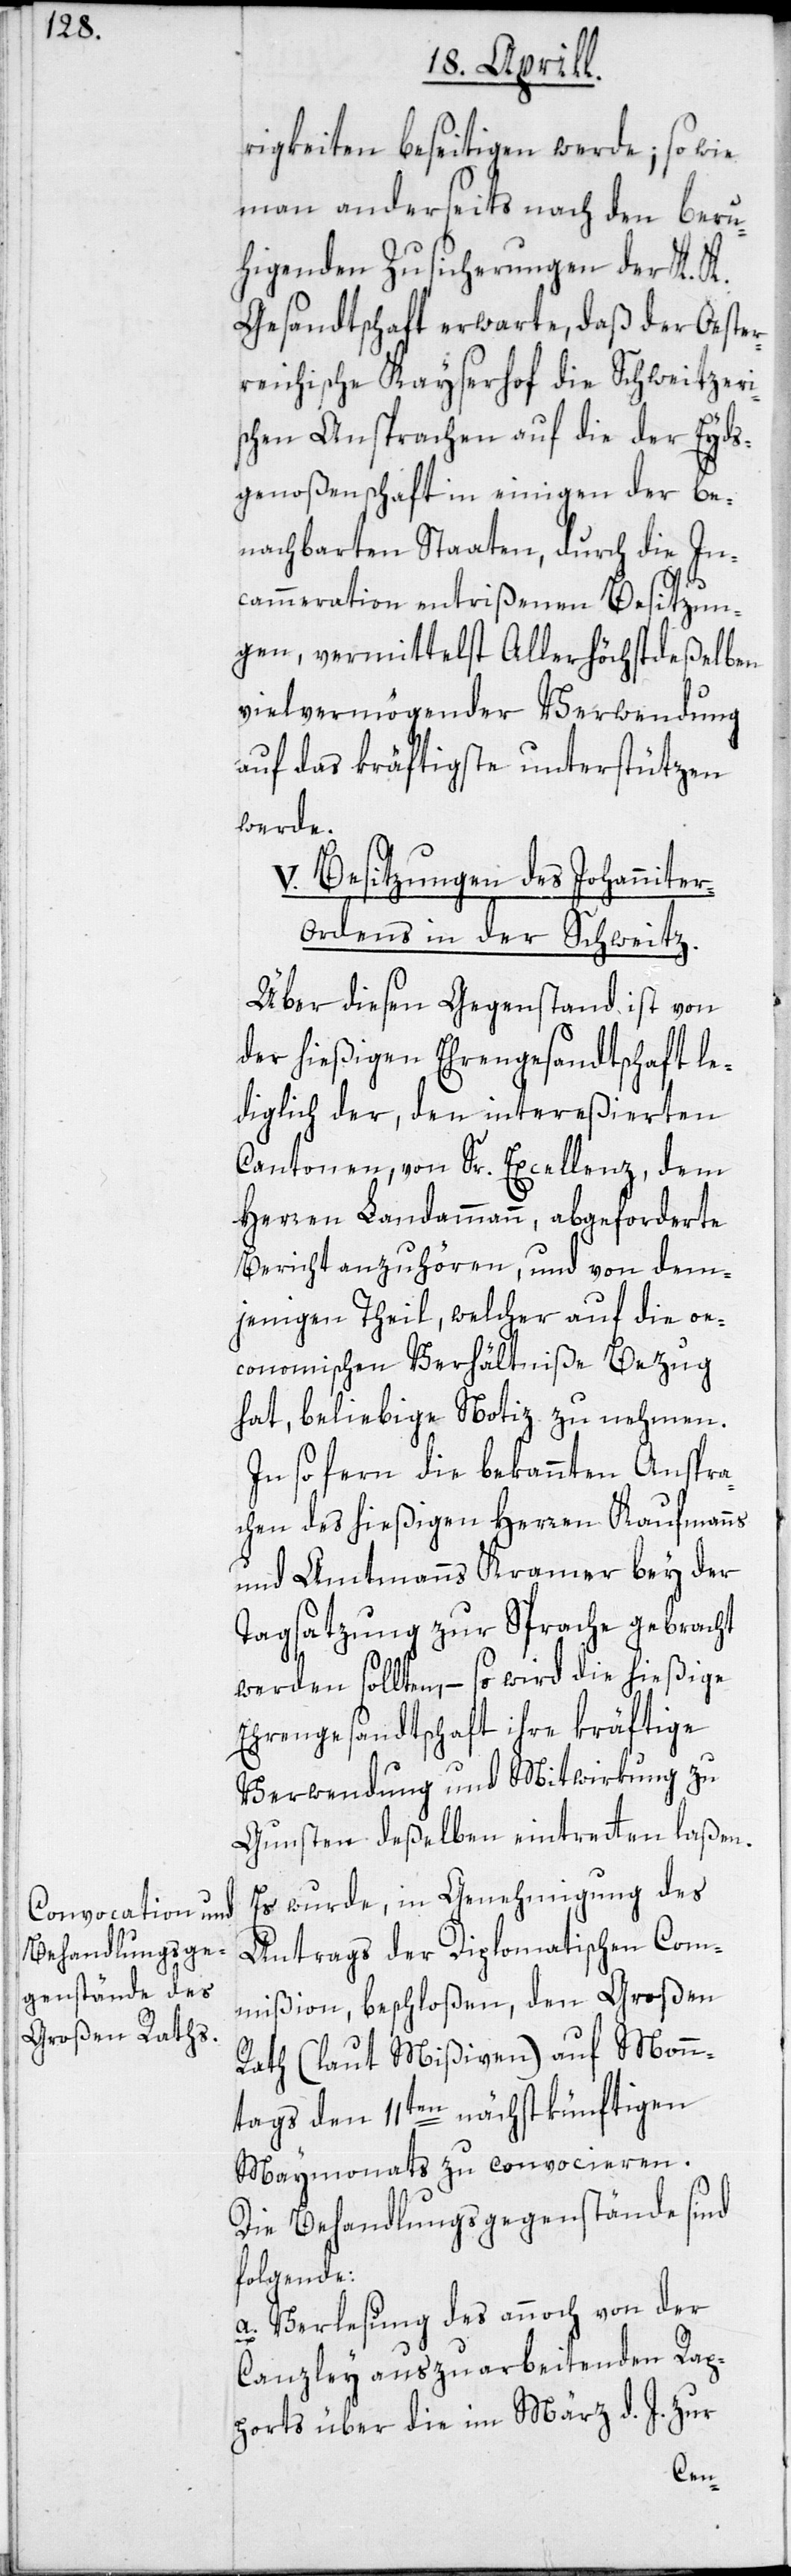
rigkeiten beseitigen werde; so wie
man anderseits nach den beru¬
higenden Zusicherungen der K. K.
Gesandtschaft erwarte, daß der Oester¬
reichische Kayserhof die Schweitzeri¬
schen Ansprachen auf die der Eyds¬
genoßenschaft in einigen der be¬
nachbarten Staaten, durch die In¬
cammeration entrißenen Besitzun¬
gen, vermittelst Allerhöchstdeßelben
vielvermögender Verwendung
auf das kräftigste unterstützen
werde.
V. Besitzungen des Johanniter¬
ordens in der Schweitz.
Über diesen Gegenstand ist von
der hießigen Ehrengesandtschaft le¬
diglich der, den intereßierten
Cantonen, von Sr. Excellenz, dem
Herren Landammann, abgeforderte
Bericht anzuhören, und von dem¬
jenigen Theil, welcher auf die oe¬
conomischen Verhältniße Bezug
hat, beliebige Notiz zu nehmen.
In so fern die bekannten Anspra¬
chen des hießigen Herren Kaufmanns
und Amtmanns Kramer bey der
Tagsatzung zur Sprache gebracht
werden sollten, – so wird die hießige
Ehrengesandtschaft ihre kräftige
Verwendung und Mitwirkung zu
Gunsten deßelben eintreten laßen.
Es wurde, in Genehmigung des
Antrags der Diplomatischen Com¬
mißion, beschloßen, den Großen
Rath (laut Mißiven) auf Mon¬
tags den 11ten nächstkünftigen
Maymonats zu convocieren.
Die Behandlungsgegenstände sind
folgende:
a. Verlesung des annoch von der
Canzley auszuarbeitenden Rap¬
ports über die im März d. J. zur